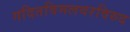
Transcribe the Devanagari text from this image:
गदितविमलवरविरुद